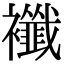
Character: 襳